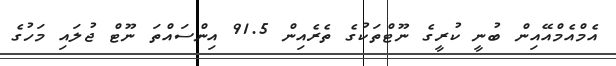
އެމްއެމްއޭއިން ބުނީ ކުރީގެ ނޫޓްތަކުގެ ތެރެއިން 91.5 އިންސައްތަ ނޫޓް ޖުލައި މަހުގެ